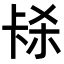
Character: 𭅱